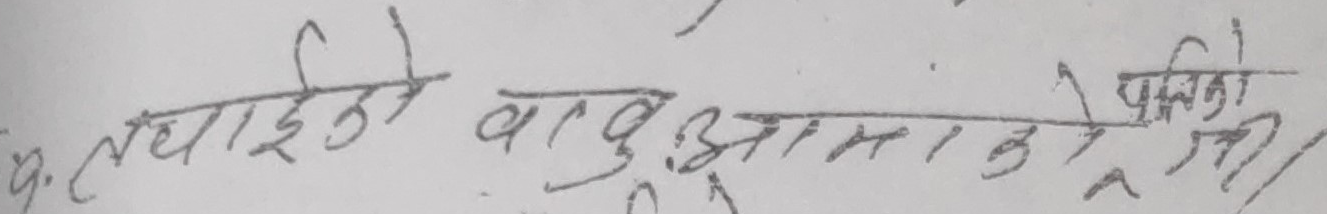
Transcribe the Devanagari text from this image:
र तपाईको बाबु आमाको नाम